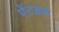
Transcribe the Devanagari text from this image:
पेंटब्रश